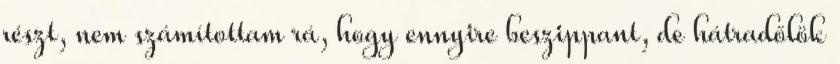
részt, nem számítottam rá, hogy ennyire beszippant, de hátradőlök